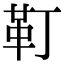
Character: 靪